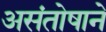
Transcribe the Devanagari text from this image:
असंतोषाने